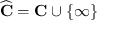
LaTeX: { \widehat { \mathbf { C } } } = \mathbf { C } \cup \{ \infty \}